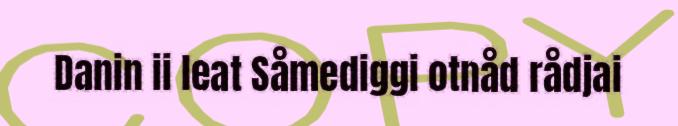
Danin ii leat Såmediggi otnåd rådjai